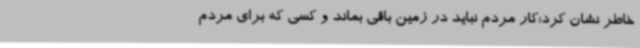
خاطر نشان کرد:کار مردم نباید در زمین باقی بماند و کسی که برای مردم